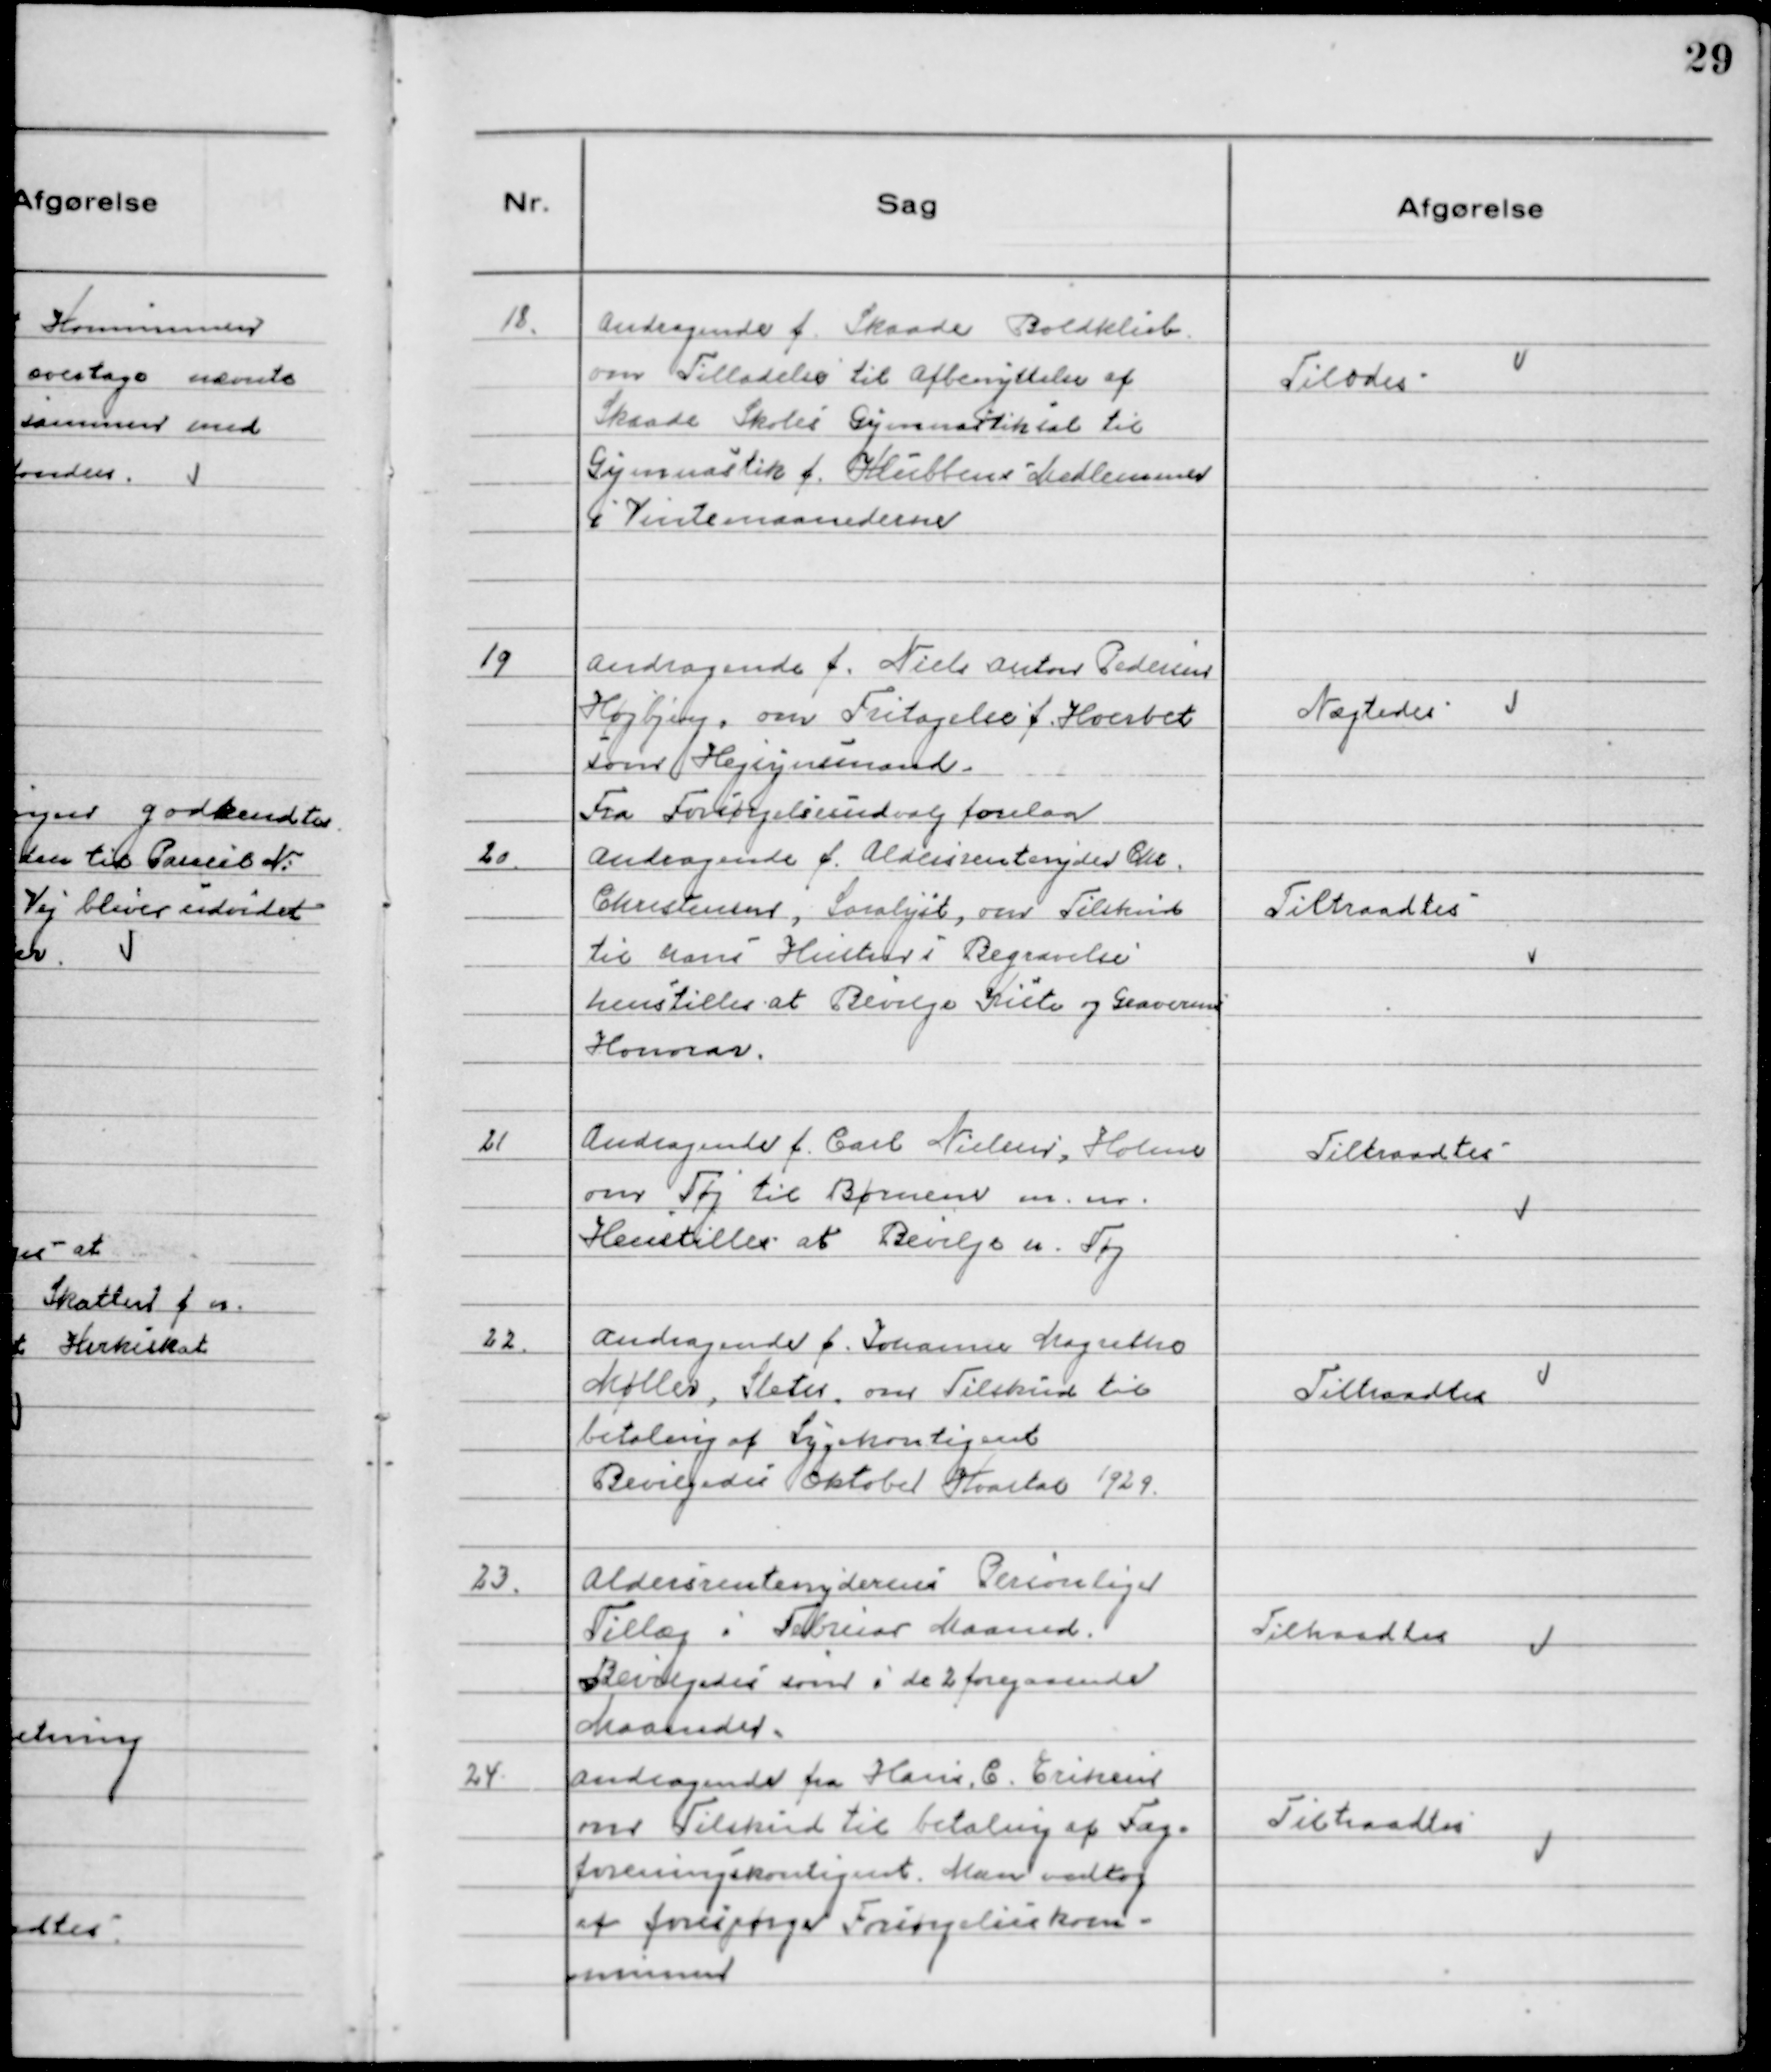
Transskription:
18. Andragende f. Skaade Boldklub
om Tilladelse til Afbenyttelse af
Skaade Skoles Gymnastiksal til
Gymnastik f. Klubbens Medlemmer
i Vintermaanederne.

Tilodes

19 Andragende f. Niels Anton Pedersen
Højbjerg, om Fritagelse f. Hvervet
som Hegsynsmand.

Nægtedes

Fra Forsørgelsesudvalg forelaa
20. Andragende f. Aldersrentenyder Chr.
Christensen, Saralyst, om Tilskud
til hans Hustrus Begravelse
henstilles at Bevilge Kiste og Graverens
Honorar

Tiltraadtes

21 Andragende f. Carl Nielsen, Holme
om Tøj til Børnene m.m.
Henstilles at Bevilge u.Tøj

Tiltraadtes

22. Andragende f. Johanne Magrethe
Møller, Sleth, om tilskud til
betaling af Sygekontigent
Bevilgedes Oktober Kvartal 1929.

Tiltraadtes

23, Aldersrentenydernes Personlige
Tillæg i Februar Maaned
Bevilgedes som i de 2 foregaaende
Maaneder.

Tiltraadtes

24 Andragende fra Hans C. Eriksen
om Tilskud til betaling af Fag-
foreningskontigent. Man vedtog
at forespørge Forsørgelseskom-
munen

Tiltraadtes